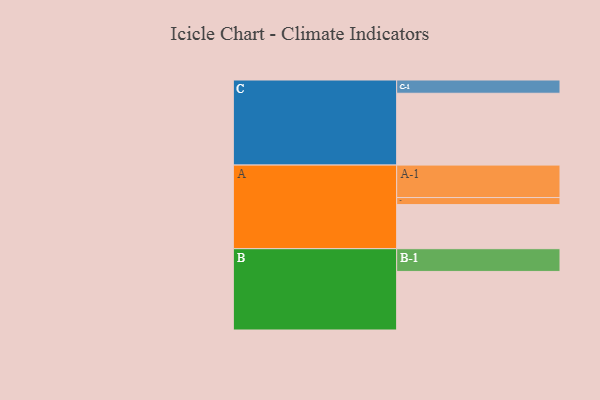
{"axis": {"x": "Segment", "y": "Value"}, "legend": ["", "A", "B", "C"], "data": [{"x": "A", "y": 326, "type": ""}, {"x": "B", "y": 433, "type": ""}, {"x": "C", "y": 531, "type": ""}, {"x": "A-1", "y": 240, "type": "A"}, {"x": "A-2", "y": 52, "type": "A"}, {"x": "B-1", "y": 168, "type": "B"}, {"x": "C-1", "y": 98, "type": "C"}]}